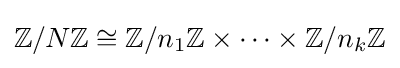
\mathbb {Z} /N\mathbb {Z} \cong \mathbb {Z} /n_{1}\mathbb {Z} \times \cdots \times \mathbb {Z} /n_{k}\mathbb {Z}